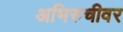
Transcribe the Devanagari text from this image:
अभिरुचीवर